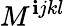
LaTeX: M^{\mathbf{i}jkl}